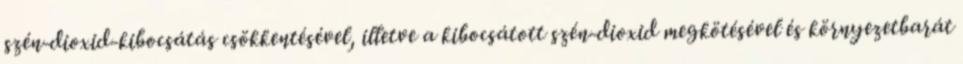
szén-dioxid-kibocsátás csökkentésével, illetve a kibocsátott szén-dioxid megkötésével és környezetbarát